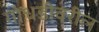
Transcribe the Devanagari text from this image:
गोधडीवरील